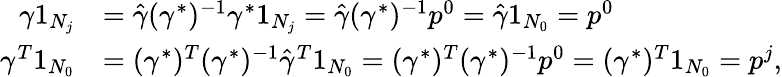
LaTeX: \begin{array}{rl}{\gamma 1_{N_{j}}}&{=\hat{\gamma}(\gamma^{*})^{-1}\gamma^{*}1_{N_{j}}=\hat{\gamma}(\gamma^{*})^{-1}p^{0}=\hat{\gamma}1_{N_{0}}=p^{0}}\\ {\gamma^{T}1_{N_{0}}}&{=(\gamma^{*})^{T}(\gamma^{*})^{-1}\hat{\gamma}^{T}1_{N_{0}}=(\gamma^{*})^{T}(\gamma^{*})^{-1}p^{0}=(\gamma^{*})^{T}1_{N_{0}}=p^{j},}\end{array}